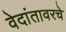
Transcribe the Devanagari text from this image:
वेदांतावरचे